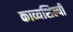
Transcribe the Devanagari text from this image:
काव्यशिल्पी